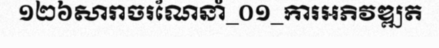
១២៦សារាចរណែនាំ_០១_ការអភិវឌ្ឍត